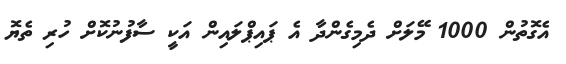
އެގޮތުން 1000 މޭލަށް ދެމިގެންދާ އެ ޕައިޕްލައިން އަކީ ސާފުނުކޮށް ހުރި ތެޔޮ